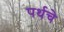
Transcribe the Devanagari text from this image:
पर्थचे